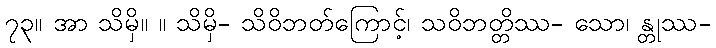
၇၃။ အာ သိမှိ။ ။ သိမှိ- သိဝိဘတ်ကြောင့်၊ သဝိဘတ္တိဿ- သော၊ န္တုဿ-